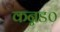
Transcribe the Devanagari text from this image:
कन्नड०